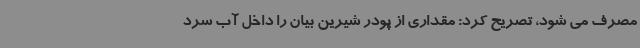
مصرف می شود، تصریح کرد: مقداری از پودر شیرین بیان را داخل آب سرد